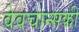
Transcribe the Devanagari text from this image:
वेवचान्सकी